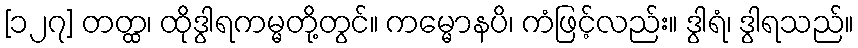
[၁၂၇] တတ္ထ၊ ထိုဒွါရကမ္မတို့တွင်။ ကမ္မောနပိ၊ ကံဖြင့်လည်း။ ဒွါရံ၊ ဒွါရသည်။